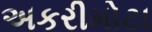
અકરીમોટા